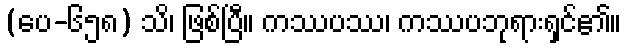
(ပေ-၆၅၈) သိ၊ ဖြစ်ပြီ။ ကဿပဿ၊ ကဿပဘုရားရှင်၏။